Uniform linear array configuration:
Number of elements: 64
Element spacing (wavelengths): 0.5
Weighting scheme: kaiser
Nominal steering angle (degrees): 15
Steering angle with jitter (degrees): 14.958
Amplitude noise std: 0.05
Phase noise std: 0.05

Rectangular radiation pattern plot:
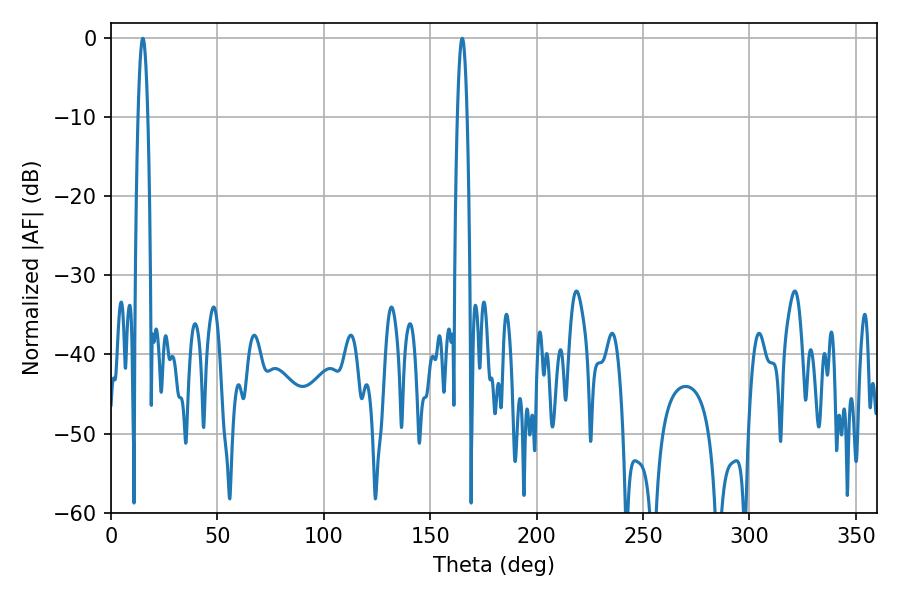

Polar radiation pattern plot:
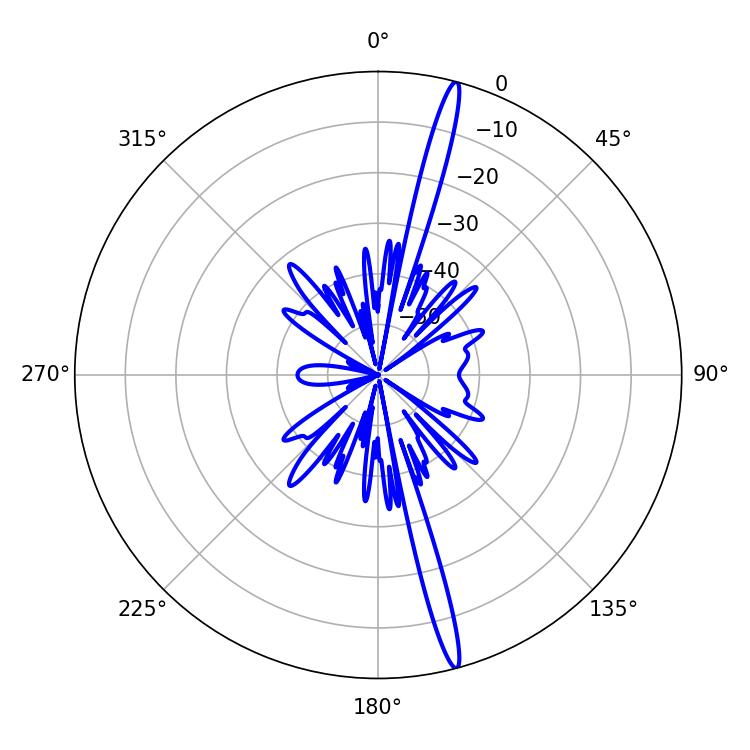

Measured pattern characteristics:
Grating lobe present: FALSE
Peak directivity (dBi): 19.065
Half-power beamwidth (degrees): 2.52
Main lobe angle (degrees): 14.94